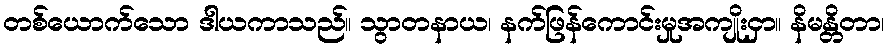
တစ်ယောက်သော ဒါယကာသည်။ သွာတနာယ၊ နက်ဖြန်ကောင်းမှုအကျိုးငှာ။ နိမန္တိတာ၊